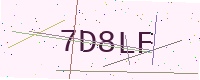
Text: 7D8LF